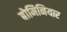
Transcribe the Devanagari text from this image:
बोमिनियार